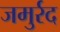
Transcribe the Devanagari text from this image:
जमुर्रद